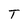
Character: T